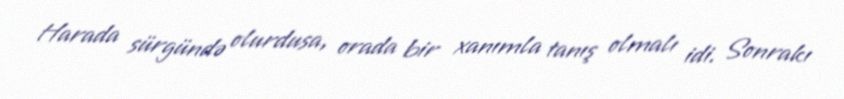
Harada sürgündə olurdusa, orada bir xanımla tanış olmalı idi. Sonrakı